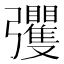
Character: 彏